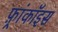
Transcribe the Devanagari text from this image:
फ़्रांकॉइस